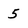
Character: 5